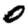
Digit: 0